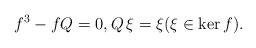
LaTeX: \begin{align*} f^3 - fQ = 0, Q\,\xi=\xi(\xi\in\ker f).\end{align*}